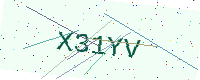
Text: X31YV